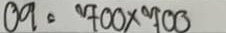
09 = 700 x 700